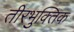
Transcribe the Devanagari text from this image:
तीरभुक्‍तिक